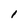
Character: l